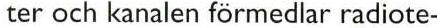
ter och kanalen förmedlar radiote-